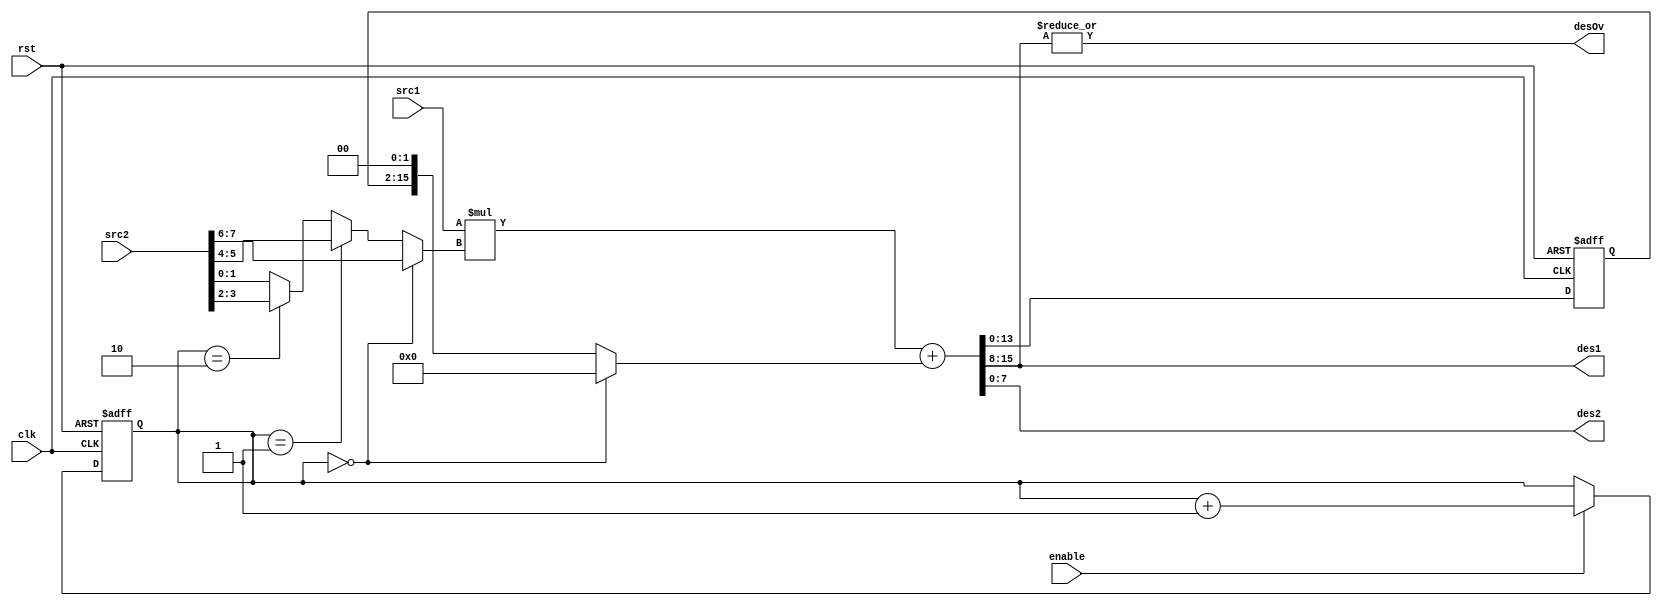
module oc8051_multiply (clk, rst, enable, src1, src2, des1, des2, desOv);
//
// this module is part of alu
// clk          (in)
// rst          (in)
// enable       (in)
// src1         (in)  first operand
// src2         (in)  second operand
// des1         (out) first result
// des2         (out) second result
// desOv        (out) Overflow output
//

input clk, rst, enable;
input [7:0] src1, src2;
output desOv;
output [7:0] des1, des2;

// wires
wire [15:0] mul_result1, mul_result, shifted;

// real registers
reg [1:0] cycle;
reg [15:0] tmp_mul;

assign mul_result1 = src1 * (cycle == 2'h0 ? src2[7:6] 
                           : cycle == 2'h1 ? src2[5:4]
                           : cycle == 2'h2 ? src2[3:2]
                           : src2[1:0]);

assign shifted = (cycle == 2'h0 ? 16'h0 : {tmp_mul[13:0], 2'b00});
assign mul_result = mul_result1 + shifted;
assign des1 = mul_result[15:8];
assign des2 = mul_result[7:0];
assign desOv = | des1;

always @(posedge clk or posedge rst)
begin
  if (rst) begin
    cycle <= #1 2'b0;
    tmp_mul <= #1 16'b0;
  end else begin
    if (enable) cycle <= #1 cycle + 2'b1;
    tmp_mul <= #1 mul_result;
  end
end

endmodule